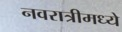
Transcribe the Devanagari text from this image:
नवरात्रीमध्ये